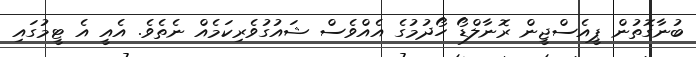
ބުނާގޮތުން ޕީއެސްޖީން ރޮނާލްޑޯ ހޯދުމުގެ އެއްވެސް ޝައުގުވެރިކަމެއް ނެތެވެ. އެއީ އެ ޓީމުގައި